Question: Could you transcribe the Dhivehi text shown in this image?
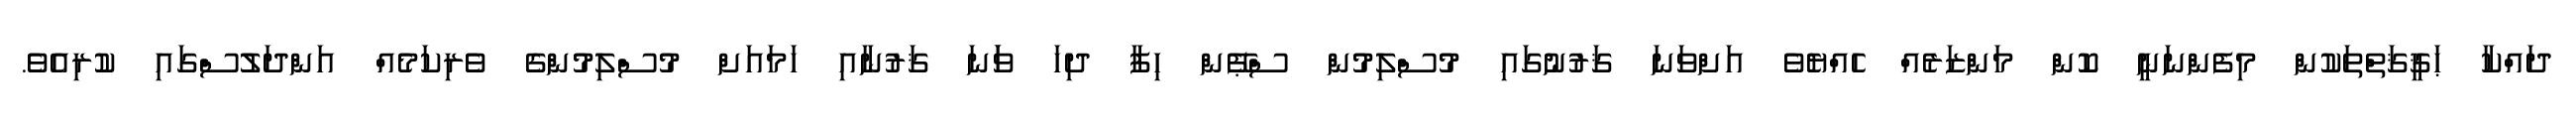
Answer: ދައްކާ ޙަޤީޤަތްތަކުން މިފެންނަނީ ކޮން މަންޒަރެއް ހެއްޔެވެ އަށްވަނަ ޤަރުނުގައި މުސްލިމުން ސްޕޭން ހިފާ ދިހަ ވަަނަ ޤަރުނާއި ހަމައަށް މުސްލިމުންގެ ވެރިކަމެއް އަންދަލުސްގައި ކުރިއެވެ.